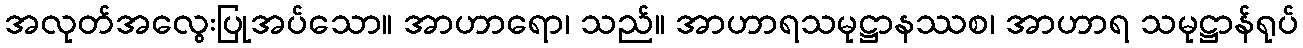
အလုတ်အလွေးပြုအပ်သော။ အာဟာရော၊ သည်။ အာဟာရသမုဋ္ဌာနဿစ၊ အာဟာရ သမုဋ္ဌာန်ရုပ်